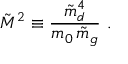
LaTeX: \tilde { M } ^ { 2 } \equiv { \frac { \tilde { m } _ { d } ^ { 4 } } { m _ { 0 } \, \tilde { m } _ { g } } } \ .